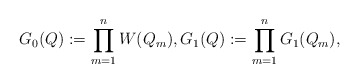
\begin{align*} G_{0}(Q) : = \prod _{m=1} ^n W(Q_m), G_{1}(Q) : = \prod _{m=1} ^n G_{1}(Q_m),\end{align*}